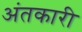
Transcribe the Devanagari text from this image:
अंतकारी